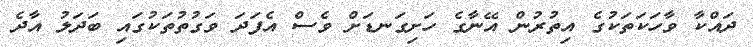
ދައްކާ ވާހަކަތަކުގެ އިތުރުން އޭނާގެ ހަށިގަނޑަށް ވެސް އެފަދަ ވަގުތުތަކުގައި ބަދަލު އާދެ